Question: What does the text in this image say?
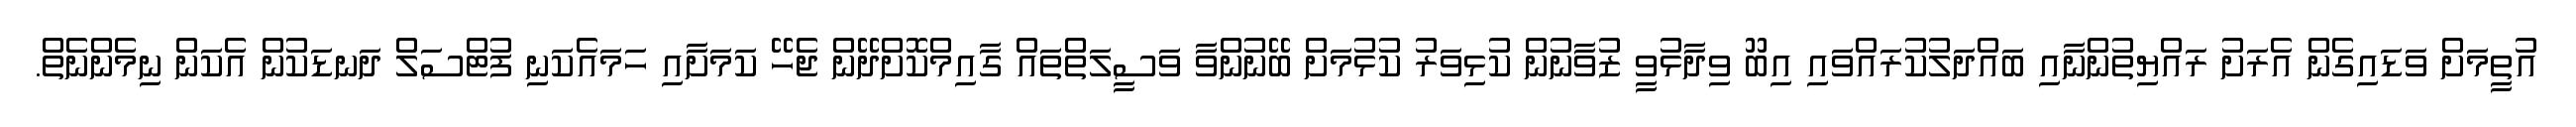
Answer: އުތީމަށް ވަޑައިގެން އެރަށު ރައްޔިތުންނާއި ބައްދަލުކުރައްވައި އިބޫ ވިދާޅުވީ ޒުވާނުން ކުޅިވަރު ކުޅުމަށް ބޭނުންވާ ވަސީލަތްތައް ގާއިމްކޮށްދޭން ޖެހޭ ކަމަށާއި ހަމައެކަނި ފުޓްސަލް ދަނޑަކުން އެކަން ނިމެންނެތް.